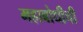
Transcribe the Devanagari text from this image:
महाबोधीची